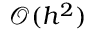
\mathcal { O } ( h ^ { 2 } )